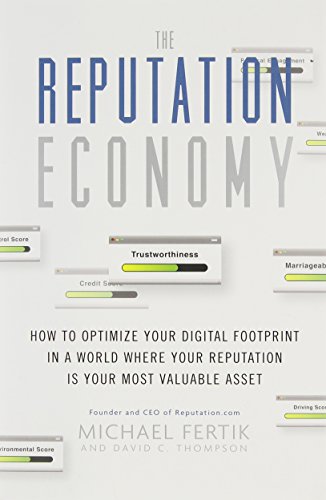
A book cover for The Reputation Economy: How to Optimize Your Digital Footprint in a World Where Your Reputation Is Your Most Valuable Asset; Michael Fertik; Computers & Technology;